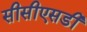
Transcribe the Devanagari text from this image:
सीसीएसडी